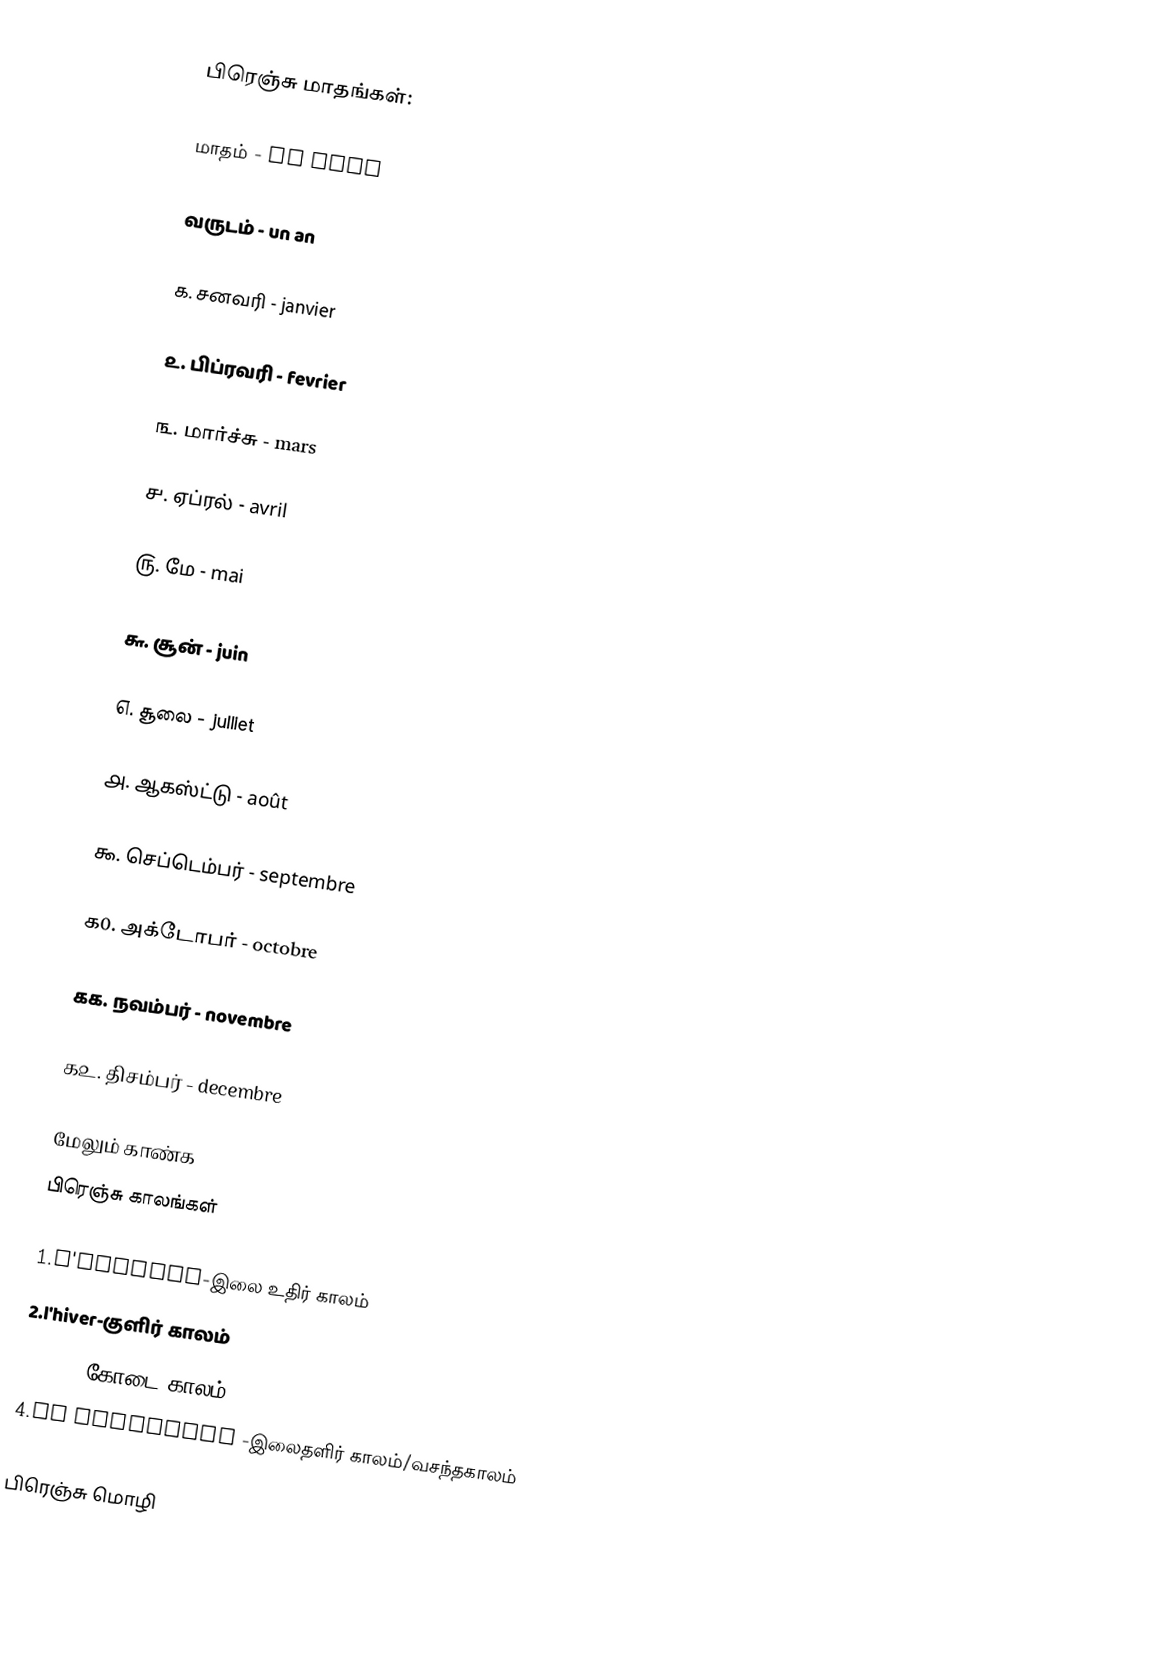
பிரெஞ்சு மாதங்கள்:

மாதம் - un mois

வருடம் - un an

௧. சனவரி - janvier

௨. பிப்ரவரி - fevrier

௩. மார்ச்சு - mars

௪. ஏப்ரல் - avril

௫. மே - mai

௬. சூன் - juin

௭. சூலை - julliet

௮. ஆகஸ்ட்டு - août

௯. செப்டெம்பர் - septembre

௧0. அக்டோபர் - octobre

௧௧. நவம்பர் - novembre

௧௨. திசம்பர் - decembre

மேலும் காண்க
 பிரெஞ்சு காலங்கள்

1.l'automne-இலை உதிர் காலம்
2.l'hiver-குளிர் காலம்
3.l'été-கோடை காலம்
4.le printemps -இலைதளிர் காலம்/வசந்தகாலம்

 பிரெஞ்சு மொழி